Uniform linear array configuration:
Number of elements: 32
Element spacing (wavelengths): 0.75
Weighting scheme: cosine
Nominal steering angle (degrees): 45
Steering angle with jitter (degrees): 44.314
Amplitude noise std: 0.05
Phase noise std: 0.05

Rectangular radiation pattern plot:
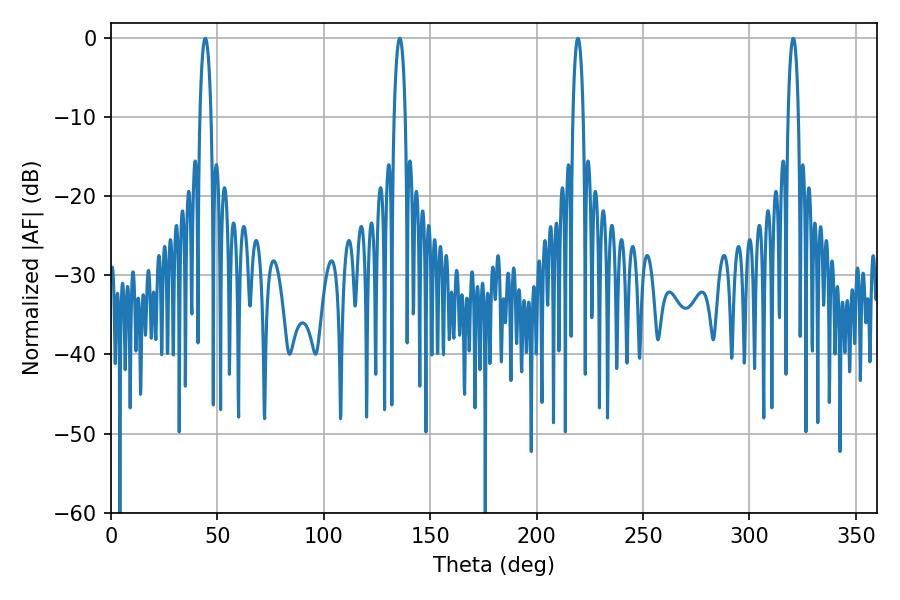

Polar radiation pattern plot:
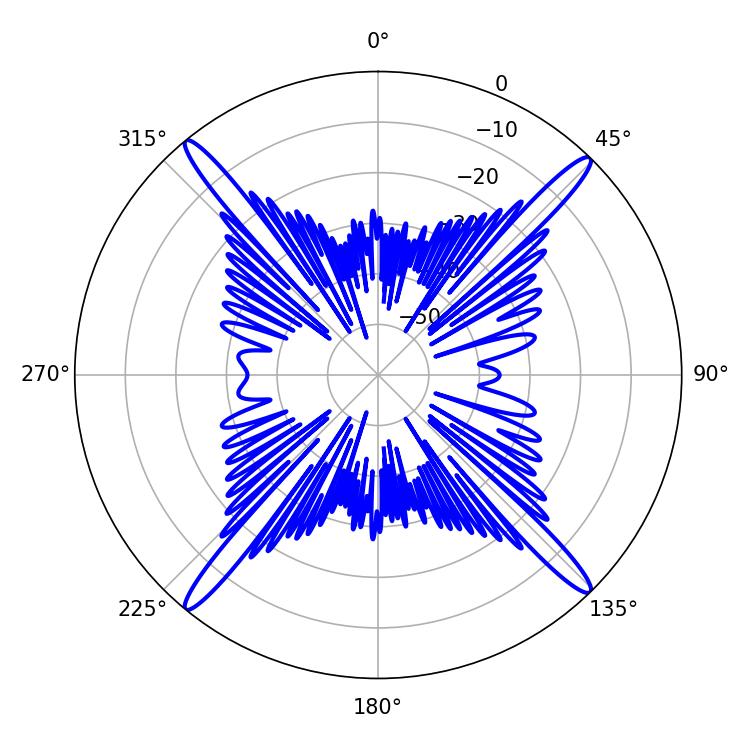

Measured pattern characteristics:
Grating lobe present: TRUE
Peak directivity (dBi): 21.934
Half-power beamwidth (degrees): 2.7
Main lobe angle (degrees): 219.42